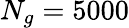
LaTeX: N_{g}=5000